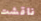
ناقشت